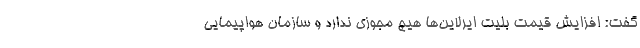
گفت: افزایش قیمت بلیت ایرلاین‌ها هیچ مجوزی ندارد و سازمان هواپیمایی